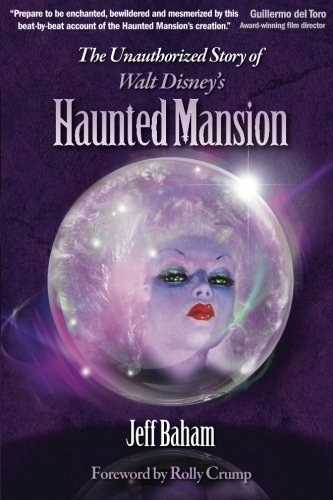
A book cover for The Unauthorized Story of Walt Disney's Haunted Mansion; Jeff Baham; Travel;